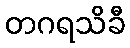
တဂရသိခီ